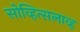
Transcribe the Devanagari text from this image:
सोव्हित्सलाव्ह